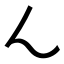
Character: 𬼂